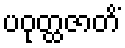
ပဝုတ္ထဇာတိံ